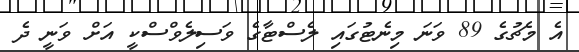
އެ މެޗުގެ 89 ވަނަ މިނެޓުގައި ލެސްޓާގެ ވަސިލެވްސްކީ އަށް ވަނީ ދެ